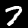
Label: 7